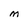
Character: M